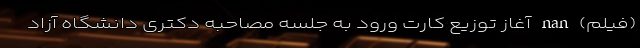
(فیلم) nan آغاز توزیع کارت ورود به جلسه مصاحبه دکتری دانشگاه آزاد